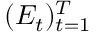
( E _ { t } ) _ { t = 1 } ^ { T }